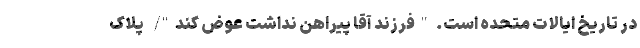
در تاریخ ایالات متحده است. "فرزند آقا پیراهن نداشت عوض کند"/ پلاک